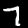
Label: 7